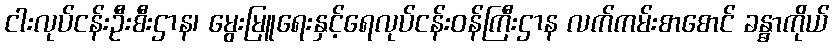
ငါးလုပ်ငန်းဦးစီးဌာန၊ မွေးမြူရေးနှင့်ရေလုပ်ငန်းဝန်ကြီးဌာန လက်ကမ်းစာစောင် ခန္ဓာကိုယ်